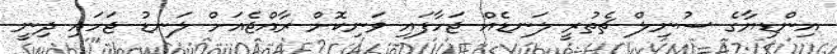
އިންޑިޔާގެ ސުނިލް ޗެތުރީ ލަނޑެއް ޖަހާފައި ވަނިކޮށް ރާއްޖެއަށް ލަނޑު ޖަހައި ދިނީ